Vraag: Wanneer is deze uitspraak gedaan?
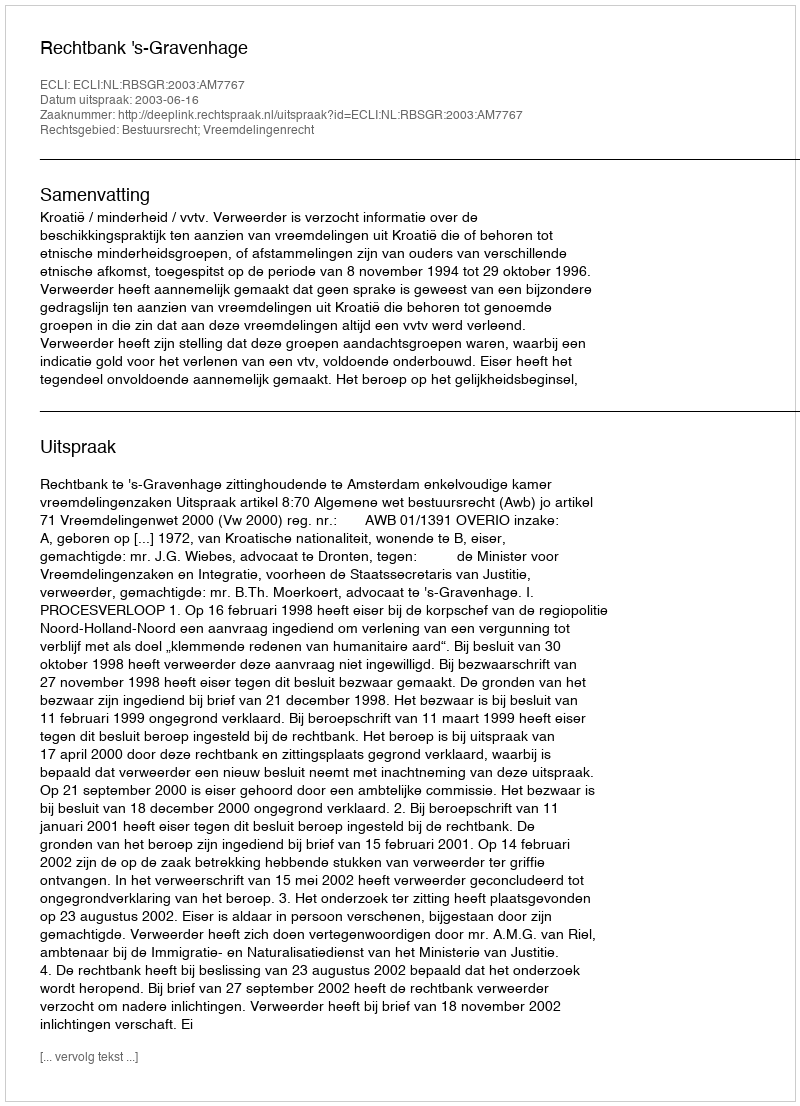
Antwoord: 2003-06-16